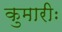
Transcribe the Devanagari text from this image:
कुमारीः